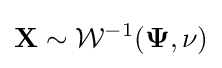
\mathbf {X} \sim {\mathcal {W}}^{-1}(\mathbf {\Psi } ,\nu )